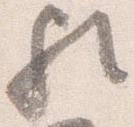
歟